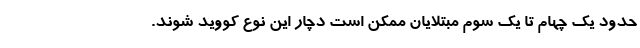
حدود یک چهام تا یک سوم مبتلایان ممکن است دچار این نوع کووید شوند.